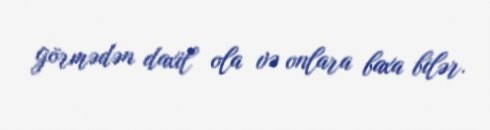
görmədən daxil ola və onlara baxa bilər.